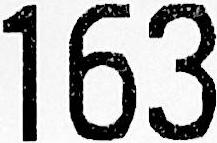
163